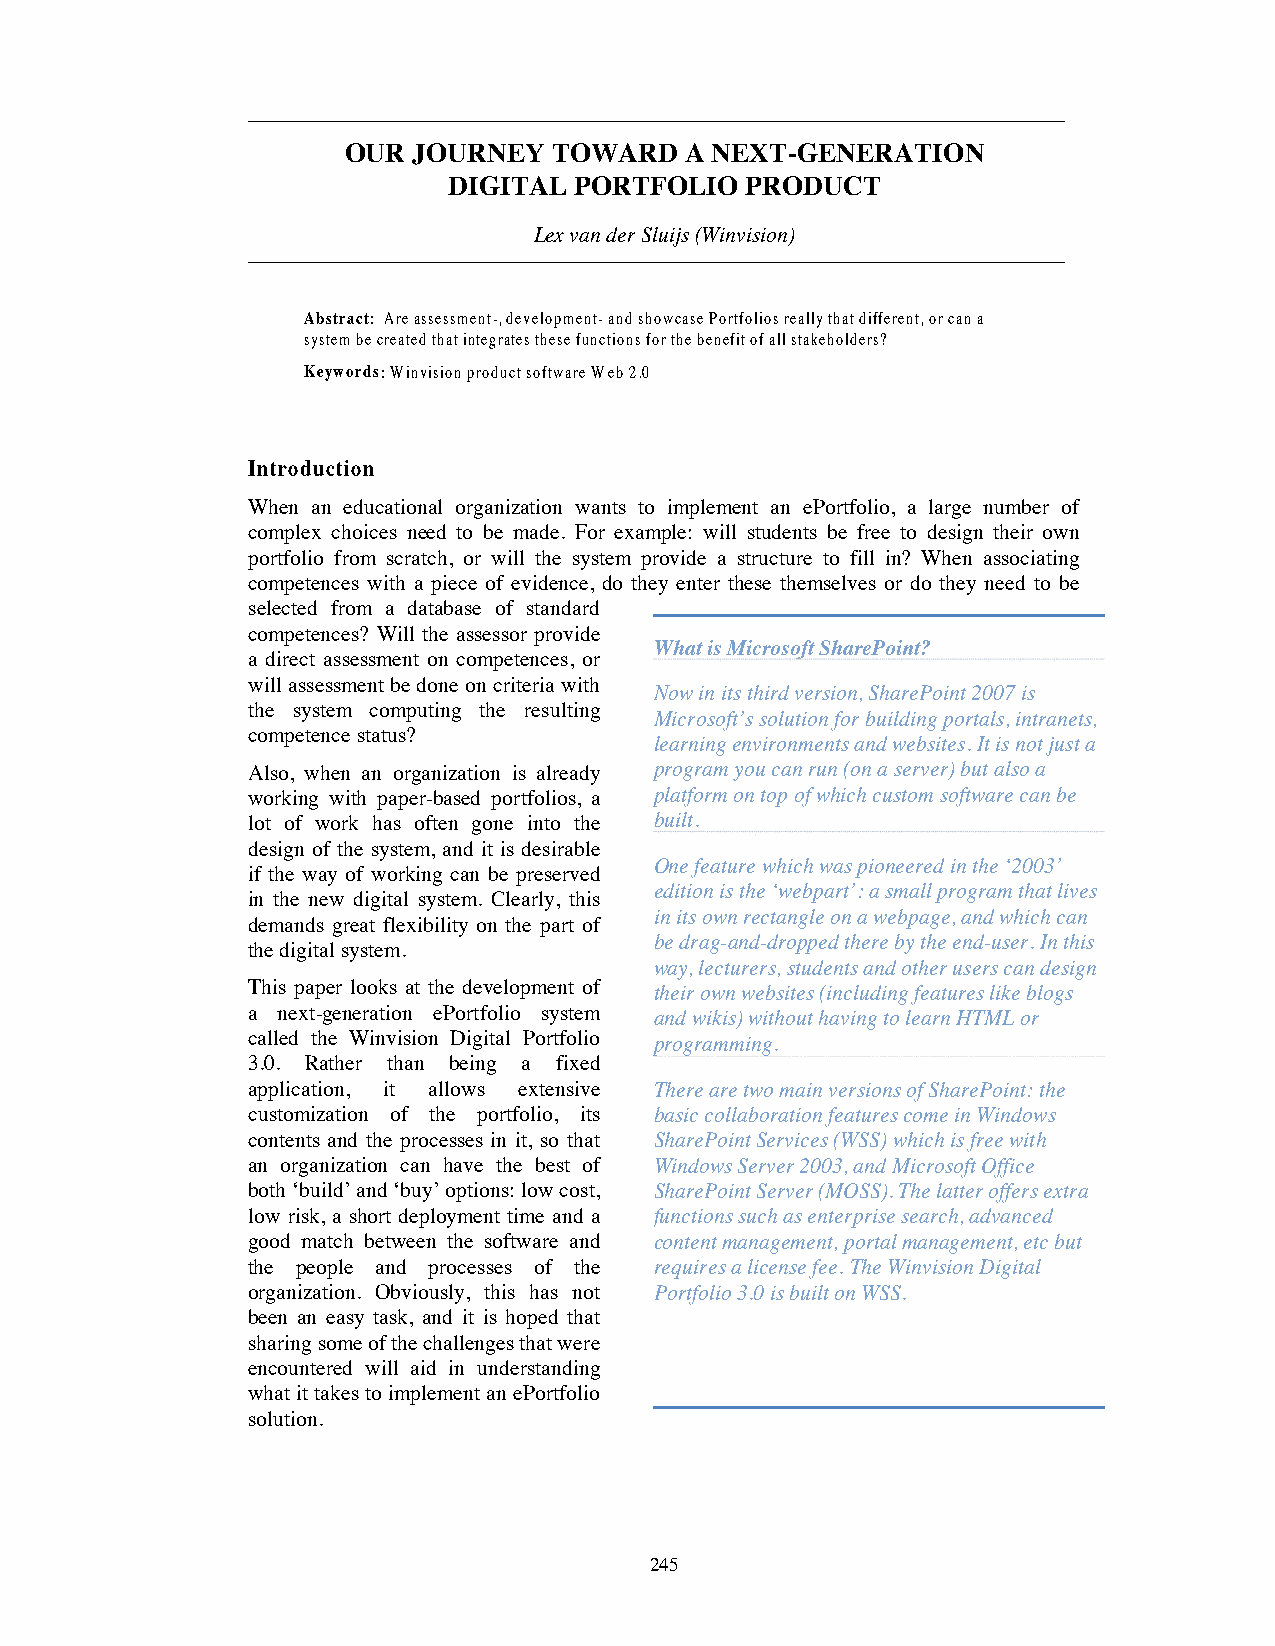
OUR JOURNEY   TOWARD  A NEXT-GENERATION
 DIGITAL PORTFOLIO  PRODUCT
 Lex van der Sluijs(Winvision)
 Abstract: Are assessment-, development- and showcase Portfolios really that different, or can a
 system be created that integrates these functions for the benefit of all stakeholders?
 Keywords:Winvision product software Web 2.0
 Introduction
 When an educational organization wants to implement an ePortfolio, a large number of
 complex choices need to be made. For example: will students be free to design their own
 portfolio from scratch, or will the system provide a structure to fill in? When associating
 competences with a piece of evidence, do they enter these themselves or do they need to be
 selected from a database of standard
 competences? Will the assessor provide
 What is Microsoft SharePoint?
 a direct assessment on competences, or
 will assessment be done on criteria with
 Now in its third version, SharePoint 2007 is
 the system computing the resulting
 Microsoft’s solution for building portals, intranets,
 competence status?
 learning environments and websites. It is not just a
 Also, when an organization is already program you can run (on a server) but also a
 working with paper-based portfolios, a platform on top of which custom software can be
 lot of work has often gone into the built.
 design of the system, and it is desirable
 One feature which was pioneered in the ‘2003’
 if the way of working can be preserved
 edition is the ‘webpart’: a small program that lives
 in the new digital system. Clearly, this
 in its own rectangle on a webpage, and which can
 demands great flexibility on the part of
 be drag-and-dropped there by the end-user.In this
 the digital system.
 way, lecturers, students and other users can design
 This paper looks at the development of their own websites (including features like blogs
 a next-generation ePortfolio system and wikis) without having to learn HTML or
 called the Winvision Digital Portfolio programming.
 3.0. Rather than being a fixed
 application, it allows extensive There are two main versions of SharePoint: the
 customization of the portfolio, its basic collaboration features come in Windows
 contents and the processes in it, so that SharePoint Services (WSS) which is free with
 an organization can have the best of Windows Server 2003, and Microsoft Office
 both ‘build’ and ‘buy’ options: low cost, SharePoint Server (MOSS). The latter offers extra
 low risk, a short deployment time and a functions such as enterprise search, advanced
 good match between the software and content management, portal management, etc but
 the people and processes of the requires a license fee.The Winvision Digital
 organization. Obviously, this has not Portfolio 3.0 is built on WSS.
 been an easy task, and it is hoped that
 sharing some of the challenges that were
 encountered will aid in understanding
 what it takes to implement an ePortfolio
 solution.
 245